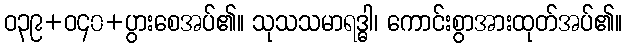
ဝ၃၉+ဝ၄၀+ပွားစေအပ်၏။ သုသသမာရဒ္ဓါ၊ ကောင်းစွာအားထုတ်အပ်၏။